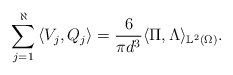
\begin{align*}\sum_{j = 1}^\aleph\left\langle V_j, Q_j\right\rangle=\frac{6}{\pi d^3}\langle \Pi, \Lambda\rangle_{\mathbb{L}^2(\Omega)}.\end{align*}